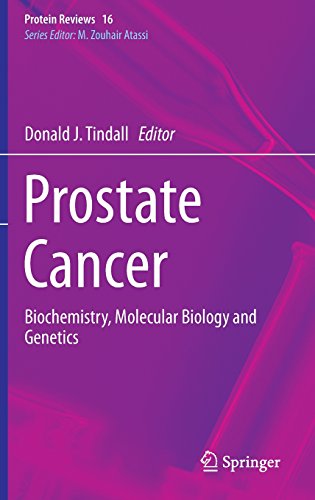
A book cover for Prostate Cancer: Biochemistry, Molecular Biology and Genetics (Protein Reviews); Science & Math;